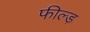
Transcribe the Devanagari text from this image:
फील्ड़